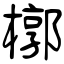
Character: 槨